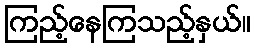
ကြည့်နေကြသည့်နှယ်။